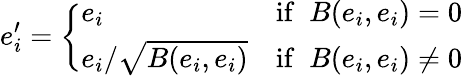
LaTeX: e_{i}^{\prime}={\left\{ \begin{array}{ll}{e_{i}}&{{\mathrm{if~}}\; B(e_{i},e_{i})=0}\\ {e_{i}/{\sqrt{B(e_{i},e_{i})}}}&{{\mathrm{if~}}\; B(e_{i},e_{i})\neq 0}\end{array}\right.}